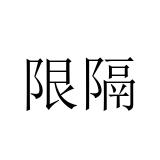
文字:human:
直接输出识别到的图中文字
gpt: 限隔